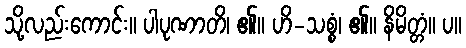
သို့လည်းကောင်း။ ပါပုဏာတိ၊ ၏။ ဟိ-သစ္စံ၊ ၏။ နိမိတ္တံ။ ပ။